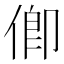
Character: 㑡